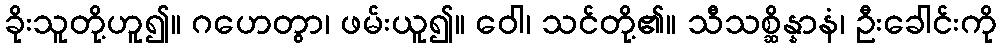
ခိုးသူတို့ဟူ၍။ ဂဟေတွာ၊ ဖမ်းယူ၍။ ဝေါ၊ သင်တို့၏။ သီသစ္ဆိန္နာနံ၊ ဦးခေါင်းကို